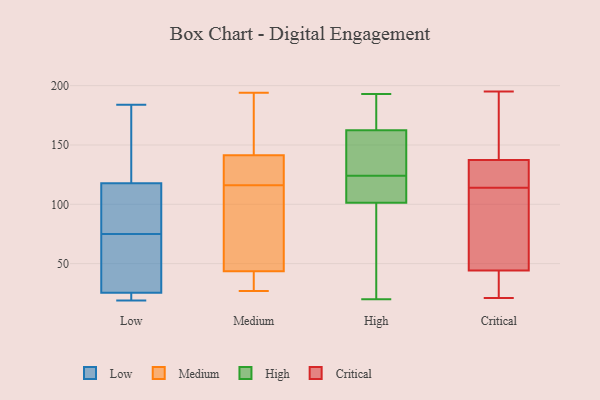
{"axis": {"x": "Tickets Resolved", "y": "Value"}, "legend": ["Critical", "High", "Low", "Medium"], "data": [{"x": "", "y": 22, "type": "Low"}, {"x": "", "y": 22, "type": "Low"}, {"x": "", "y": 19, "type": "Low"}, {"x": "", "y": 36, "type": "Low"}, {"x": "", "y": 177, "type": "Low"}, {"x": "", "y": 121, "type": "Low"}, {"x": "", "y": 97, "type": "Low"}, {"x": "", "y": 75, "type": "Low"}, {"x": "", "y": 184, "type": "Low"}, {"x": "", "y": 22, "type": "Low"}, {"x": "", "y": 73, "type": "Low"}, {"x": "", "y": 109, "type": "Low"}, {"x": "", "y": 120, "type": "Low"}, {"x": "", "y": 111, "type": "Low"}, {"x": "", "y": 54, "type": "Low"}, {"x": "", "y": 132, "type": "Medium"}, {"x": "", "y": 116, "type": "Medium"}, {"x": "", "y": 161, "type": "Medium"}, {"x": "", "y": 48, "type": "Medium"}, {"x": "", "y": 79, "type": "Medium"}, {"x": "", "y": 42, "type": "Medium"}, {"x": "", "y": 35, "type": "Medium"}, {"x": "", "y": 37, "type": "Medium"}, {"x": "", "y": 117, "type": "Medium"}, {"x": "", "y": 73, "type": "Medium"}, {"x": "", "y": 144, "type": "Medium"}, {"x": "", "y": 133, "type": "Medium"}, {"x": "", "y": 175, "type": "Medium"}, {"x": "", "y": 27, "type": "Medium"}, {"x": "", "y": 194, "type": "Medium"}, {"x": "", "y": 124, "type": "High"}, {"x": "", "y": 167, "type": "High"}, {"x": "", "y": 20, "type": "High"}, {"x": "", "y": 112, "type": "High"}, {"x": "", "y": 193, "type": "High"}, {"x": "", "y": 106, "type": "High"}, {"x": "", "y": 184, "type": "High"}, {"x": "", "y": 87, "type": "High"}, {"x": "", "y": 156, "type": "High"}, {"x": "", "y": 161, "type": "High"}, {"x": "", "y": 159, "type": "High"}, {"x": "", "y": 27, "type": "High"}, {"x": "", "y": 68, "type": "High"}, {"x": "", "y": 121, "type": "High"}, {"x": "", "y": 150, "type": "High"}, {"x": "", "y": 108, "type": "High"}, {"x": "", "y": 174, "type": "High"}, {"x": "", "y": 133, "type": "Critical"}, {"x": "", "y": 136, "type": "Critical"}, {"x": "", "y": 84, "type": "Critical"}, {"x": "", "y": 74, "type": "Critical"}, {"x": "", "y": 120, "type": "Critical"}, {"x": "", "y": 29, "type": "Critical"}, {"x": "", "y": 21, "type": "Critical"}, {"x": "", "y": 22, "type": "Critical"}, {"x": "", "y": 129, "type": "Critical"}, {"x": "", "y": 141, "type": "Critical"}, {"x": "", "y": 87, "type": "Critical"}, {"x": "", "y": 166, "type": "Critical"}, {"x": "", "y": 33, "type": "Critical"}, {"x": "", "y": 114, "type": "Critical"}, {"x": "", "y": 48, "type": "Critical"}, {"x": "", "y": 144, "type": "Critical"}, {"x": "", "y": 195, "type": "Critical"}]}